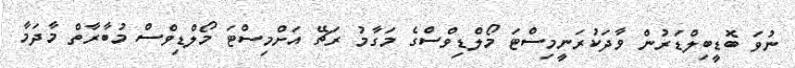
ނުވަ ބޮޑީބިލްޑަރުން ވާދަކުރަނީމިސްޓަ މޯލްޑިވްސްގެ މަގާމު ރަޗޭ އަށްމިސްޓަ މޯލްޑިވްސް މުބާރާތް މާދަމާ